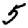
Digit: 5